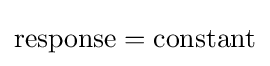
{\textrm {response}}={\textrm {constant}}